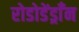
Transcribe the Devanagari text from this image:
रोडोडेंड्राँन